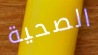
الصحية